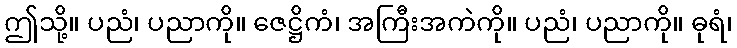
ဤသို့။ ပညံ၊ ပညာကို။ ဇေဋ္ဌိကံ၊ အကြီးအကဲကို။ ပညံ၊ ပညာကို။ ဓုရံ၊